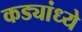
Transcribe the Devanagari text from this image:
कड्यांध्ये